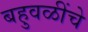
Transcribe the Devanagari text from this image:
बहुवळींचे